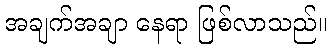
အချက်အချာ နေရာ ဖြစ်လာသည်။